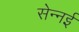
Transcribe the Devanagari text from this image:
सेन्नई